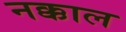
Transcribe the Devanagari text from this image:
नक्काल